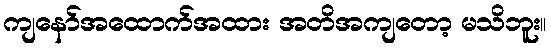
ကျနော်အထောက်အထား အတိအကျတော့ မသိဘူး။